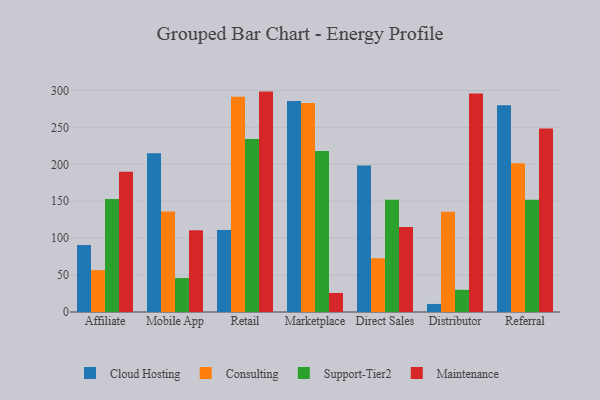
{"axis": {"x": "Channel", "y": "Shipments"}, "legend": ["Cloud Hosting", "Consulting", "Maintenance", "Support-Tier2"], "data": [{"x": "Affiliate", "y": 90.8, "type": "Cloud Hosting"}, {"x": "Affiliate", "y": 56.7, "type": "Consulting"}, {"x": "Affiliate", "y": 152.9, "type": "Support-Tier2"}, {"x": "Affiliate", "y": 190.1, "type": "Maintenance"}, {"x": "Mobile App", "y": 214.9, "type": "Cloud Hosting"}, {"x": "Mobile App", "y": 136.2, "type": "Consulting"}, {"x": "Mobile App", "y": 46.0, "type": "Support-Tier2"}, {"x": "Mobile App", "y": 110.8, "type": "Maintenance"}, {"x": "Retail", "y": 110.9, "type": "Cloud Hosting"}, {"x": "Retail", "y": 291.5, "type": "Consulting"}, {"x": "Retail", "y": 234.2, "type": "Support-Tier2"}, {"x": "Retail", "y": 298.5, "type": "Maintenance"}, {"x": "Marketplace", "y": 285.7, "type": "Cloud Hosting"}, {"x": "Marketplace", "y": 283.0, "type": "Consulting"}, {"x": "Marketplace", "y": 218.2, "type": "Support-Tier2"}, {"x": "Marketplace", "y": 25.8, "type": "Maintenance"}, {"x": "Direct Sales", "y": 198.4, "type": "Cloud Hosting"}, {"x": "Direct Sales", "y": 72.8, "type": "Consulting"}, {"x": "Direct Sales", "y": 152.1, "type": "Support-Tier2"}, {"x": "Direct Sales", "y": 115.0, "type": "Maintenance"}, {"x": "Distributor", "y": 10.9, "type": "Cloud Hosting"}, {"x": "Distributor", "y": 135.7, "type": "Consulting"}, {"x": "Distributor", "y": 30.0, "type": "Support-Tier2"}, {"x": "Distributor", "y": 295.9, "type": "Maintenance"}, {"x": "Referral", "y": 280.1, "type": "Cloud Hosting"}, {"x": "Referral", "y": 201.6, "type": "Consulting"}, {"x": "Referral", "y": 152.0, "type": "Support-Tier2"}, {"x": "Referral", "y": 248.5, "type": "Maintenance"}]}